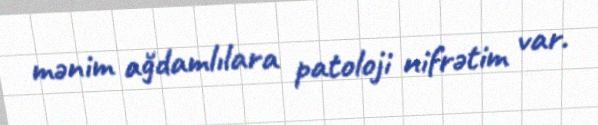
mənim ağdamlılara patoloji nifrətim var.